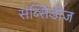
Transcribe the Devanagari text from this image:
सब्सिडीज